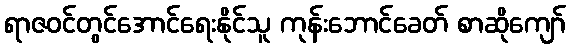
ရာဇဝင်တွင်အောင်ရေးနိုင်သူ ကုန်းဘောင်ခေတ် စာဆိုကျော်